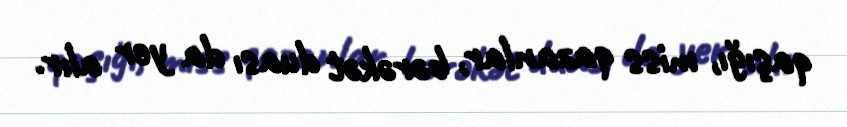
qaşığı, miss qazanlar, bərəkət duası da yer alır.